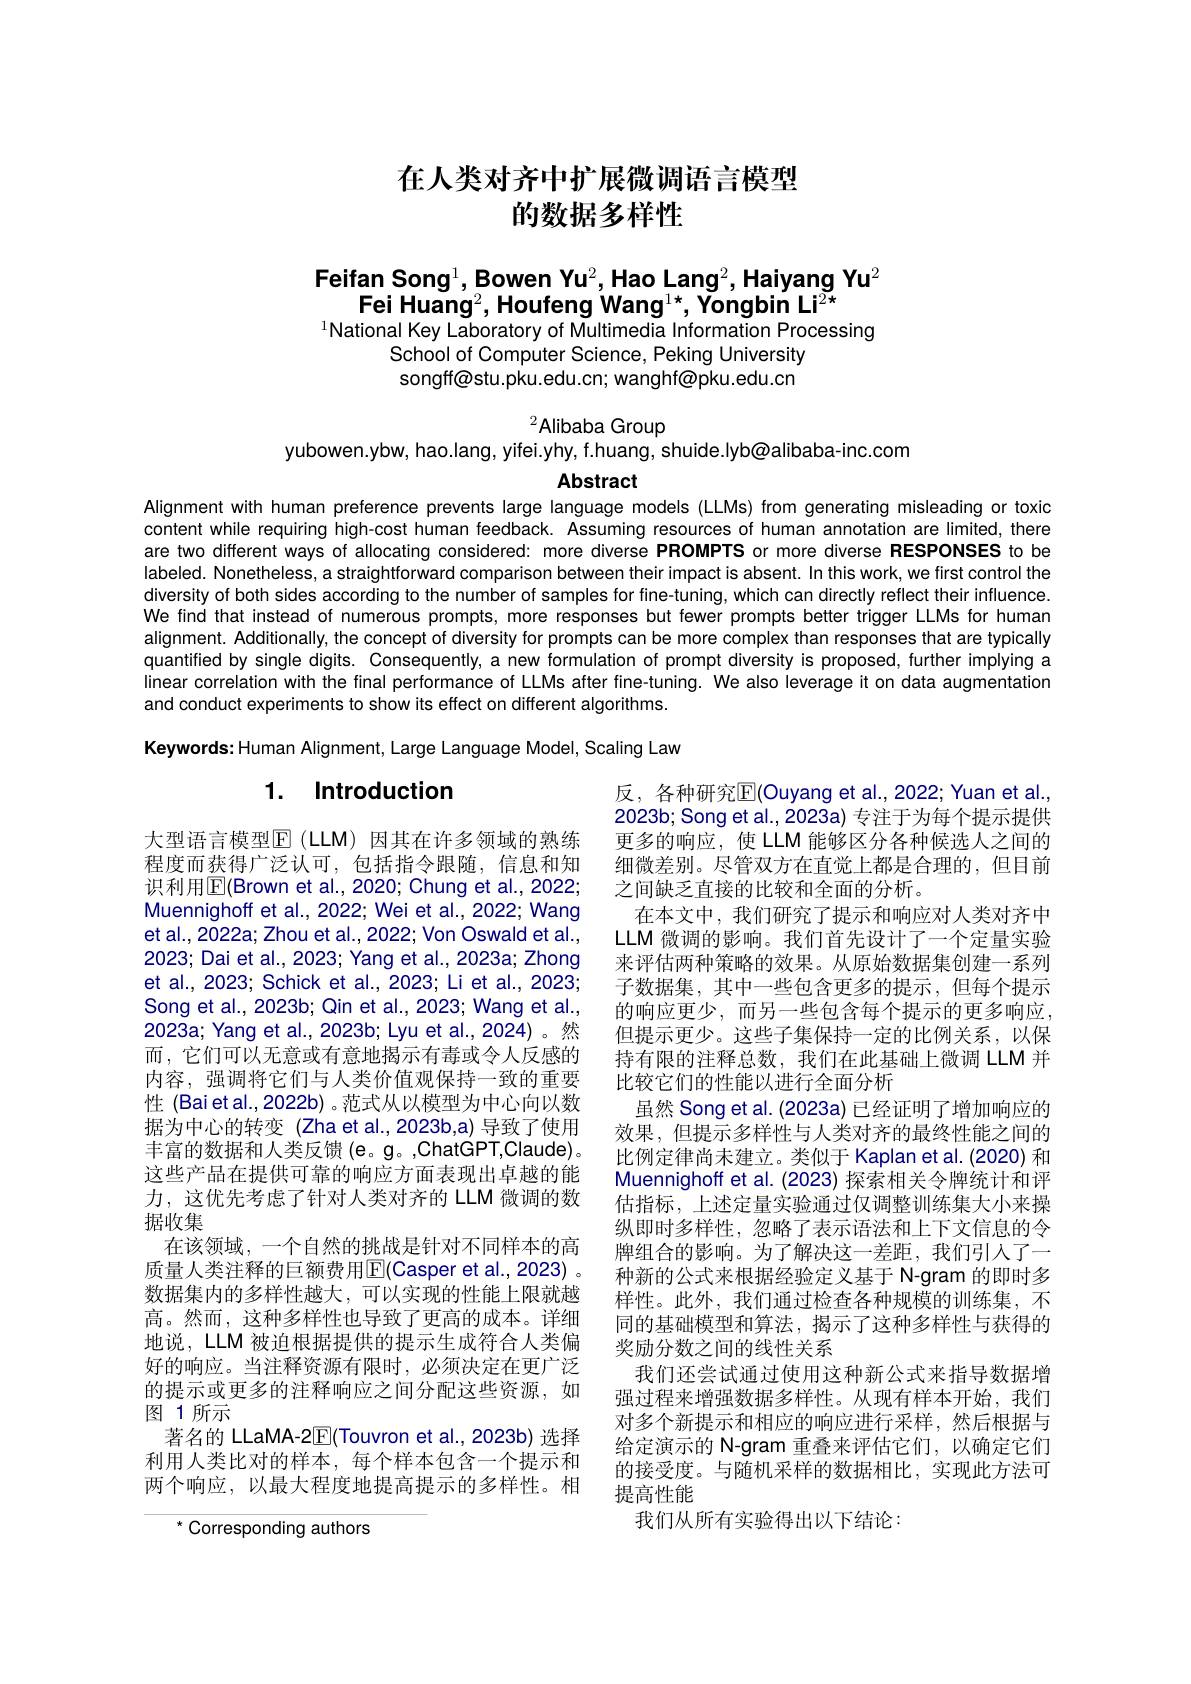
# 在人类对齐中扩展微调语言模型的数据多样性

Feifan Song$^1$,Bowen Yu$^2$,Hao Lang$^2$,Haiyang Yu$^2$
Fei Huang$^2$,Houfeng Wang$^1*$,Yongbin Li$^{2*}$
$^{1}$National Key Laboratory of Multimedia Information Processing

School of Computer Science, Peking University songff@stu.pku.edu.cn; wanghf@pku.edu.cn

${}^{2}$Alibaba Group
yubowen.ybw, hao.lang, yifei.yhy, f.huang, shuide.lyb@alibaba-inc.com

Abstract

Alignment with human preference prevents large language models (LLMs) from generating misleading or toxic content while requiring high-cost human feedback. Assuming resources of human annotation are limited, there are two different ways of allocating considered: more diverse PROMPTS or more diverse RESPONSES to be labeled. Nonetheless, a straightforward comparison between their impact is absent. In this work, we first control the diversity of both sides according to the number of samples for fine-tuning, which can directly reflect their influence. We find that instead of numerous prompts, more responses but fewer prompts better trigger LLMs for human alignment. Additionally, the concept of diversity for prompts can be more complex than responses that are typically quantified by single digits. Consequently, a new formulation of prompt diversity is proposed, further implying a linear correlation with the final performance of LLMs after fine-tuning. We also leverage it on data augmentation and conduct experiments to show its effect on different algorithms.

Keywords: Human Alignment, Large Language Model, Scaling Law

# 1. Introduction

反，各种研究$\overline{\mathbb{F}}($Ouyang et al.,2022;Yuan et al., 2023b; Song et al., 2023a) 专注于为每个提示提供更多的响应，使 LLM 能够区分各种候选人之间的细微差别。尽管双方在直觉上都是合理的，但目前之间缺乏直接的比较和全面的分析。
在本文中，我们研究了提示和响应对人类对齐中LLM 微调的影响。我们首先设计了一个定量实验来评估两种策略的效果。从原始数据集创建一系列子数据集，其中一些包含更多的提示，但每个提示的响应更少，而另一些包含每个提示的更多响应， 但提示更少。这些子集保持一定的比例关系，以保持有限的注释总数，我们在此基础上微调 LLM 并比较它们的性能以进行全面分析
虽然 Song et al. (2023a) 已经证明了增加响应的效果，但提示多样性与人类对齐的最终性能之间的比例定律尚未建立。类似于 Kaplan et al. (2020) 和Muennighoff et al. (2023) 探索相关令牌统计和评估指标，上述定量实验通过仅调整训练集大小来操纵即时多样性，忽略了表示语法和上下文信息的令牌组合的影响。为了解决这一差距，我们引人了一种新的公式来根据经验定义基于 N-gram 的即时多样性。此外，我们通过检查各种规模的训练集，不同的基础模型和算法，揭示了这种多样性与获得的奖励分数之间的线性关系
我们还尝试通过使用这种新公式来指导数据增强过程来增强数据多样性。从现有样本开始，我们对多个新提示和相应的响应进行采样，然后根据与给定演示的 N-gram 重叠来评估它们，以确定它们的接受度。与随机采样的数据相比，实现此方法可提高性能
我们从所有实验得出以下结论：

大型语言模型$\operatorname{E}(\operatorname{LLM})$ 因其在许多领域的熟练程度而获得广泛认可，包括指令跟随，信息和知识利用$\boxed{\mathrm{E}}($Brown et al.,2020; Chung et al., 2022; Muennighoff et al., 2022; Wei et al., 2022; Wang et al., 2022a; Zhou et al., 2022; Von Oswald et al., 2023; Dai et al., 2023; Yang et al., 2023a; Zhong et al., 2023; Schick et al., 2023; Li et al., 2023; Song et al., 2023b; Qin et al., 2023; Wang et al., 2023a; Yang et al., 2023b; Lyu et al.,2024)。然而，它们可以无意或有意地揭示有毒或令人反感的内容，强调将它们与人类价值观保持一致的重要性 (Baietal.,2022b) 。范式从以模型为中心向以数据为中心的转变(Zha et al.,2023b,a) 导致了使用丰富的数据和人类反馈 (e。g。,ChatGPT,Claude)。这些产品在提供可靠的响应方面表现出卓越的能力，这优先考虑了针对人类对齐的 LLM 微调的数据收集
在该领域，一个自然的挑战是针对不同样本的高质量人类注释的巨额费用$\operatorname{E}($Casper et al., 2023) 。数据集内的多样性越大，可以实现的性能上限就越高。然而，这种多样性也导致了更高的成本。详细地说，LLM 被迫根据提供的提示生成符合人类偏好的响应。当注释资源有限时，必须决定在更广泛的提示或更多的注释响应之间分配这些资源，如图 1所示
著名的 LLaMA-2$\boxed{\mathbb{F}}($Touvron et al.,2023b) 选择利用人类比对的样本，每个样本包含一个提示和两个响应，以最大程度地提高提示的多样性。相

$^{*}$ Corresponding authors